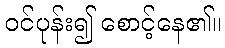
ဝင်ပုန်း၍ စောင့်နေ၏။